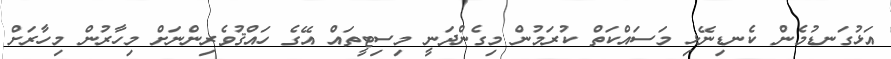
އަޅުގަނޑުމެން ކެނޑިނޭޅި މަސައްކަތް ކުރަމުން މިގެންދަނީ މިސިޓީތައް އޭގެ ހައްޤުވެރިންނަށް މިހާރުން މިހާރަށް